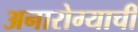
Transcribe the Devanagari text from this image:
अनारोग्याची